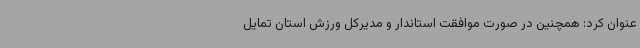
عنوان کرد: همچنین در صورت موافقت استاندار و مدیرکل ورزش استان تمایل